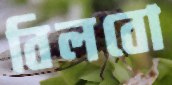
বিলবো